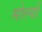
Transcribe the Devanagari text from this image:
मोल्यों